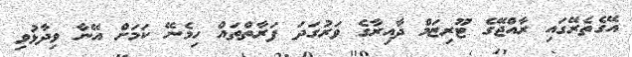
އޭގެތެރޭގައި ރާއްޖޭގެ ޓޫރިޒަމް ދާއިރާގެ ވަރުގަދަ ފަރާތްތައް ހިމެނޭ ކަމަށް އޭނާ ވިދާޅުވި